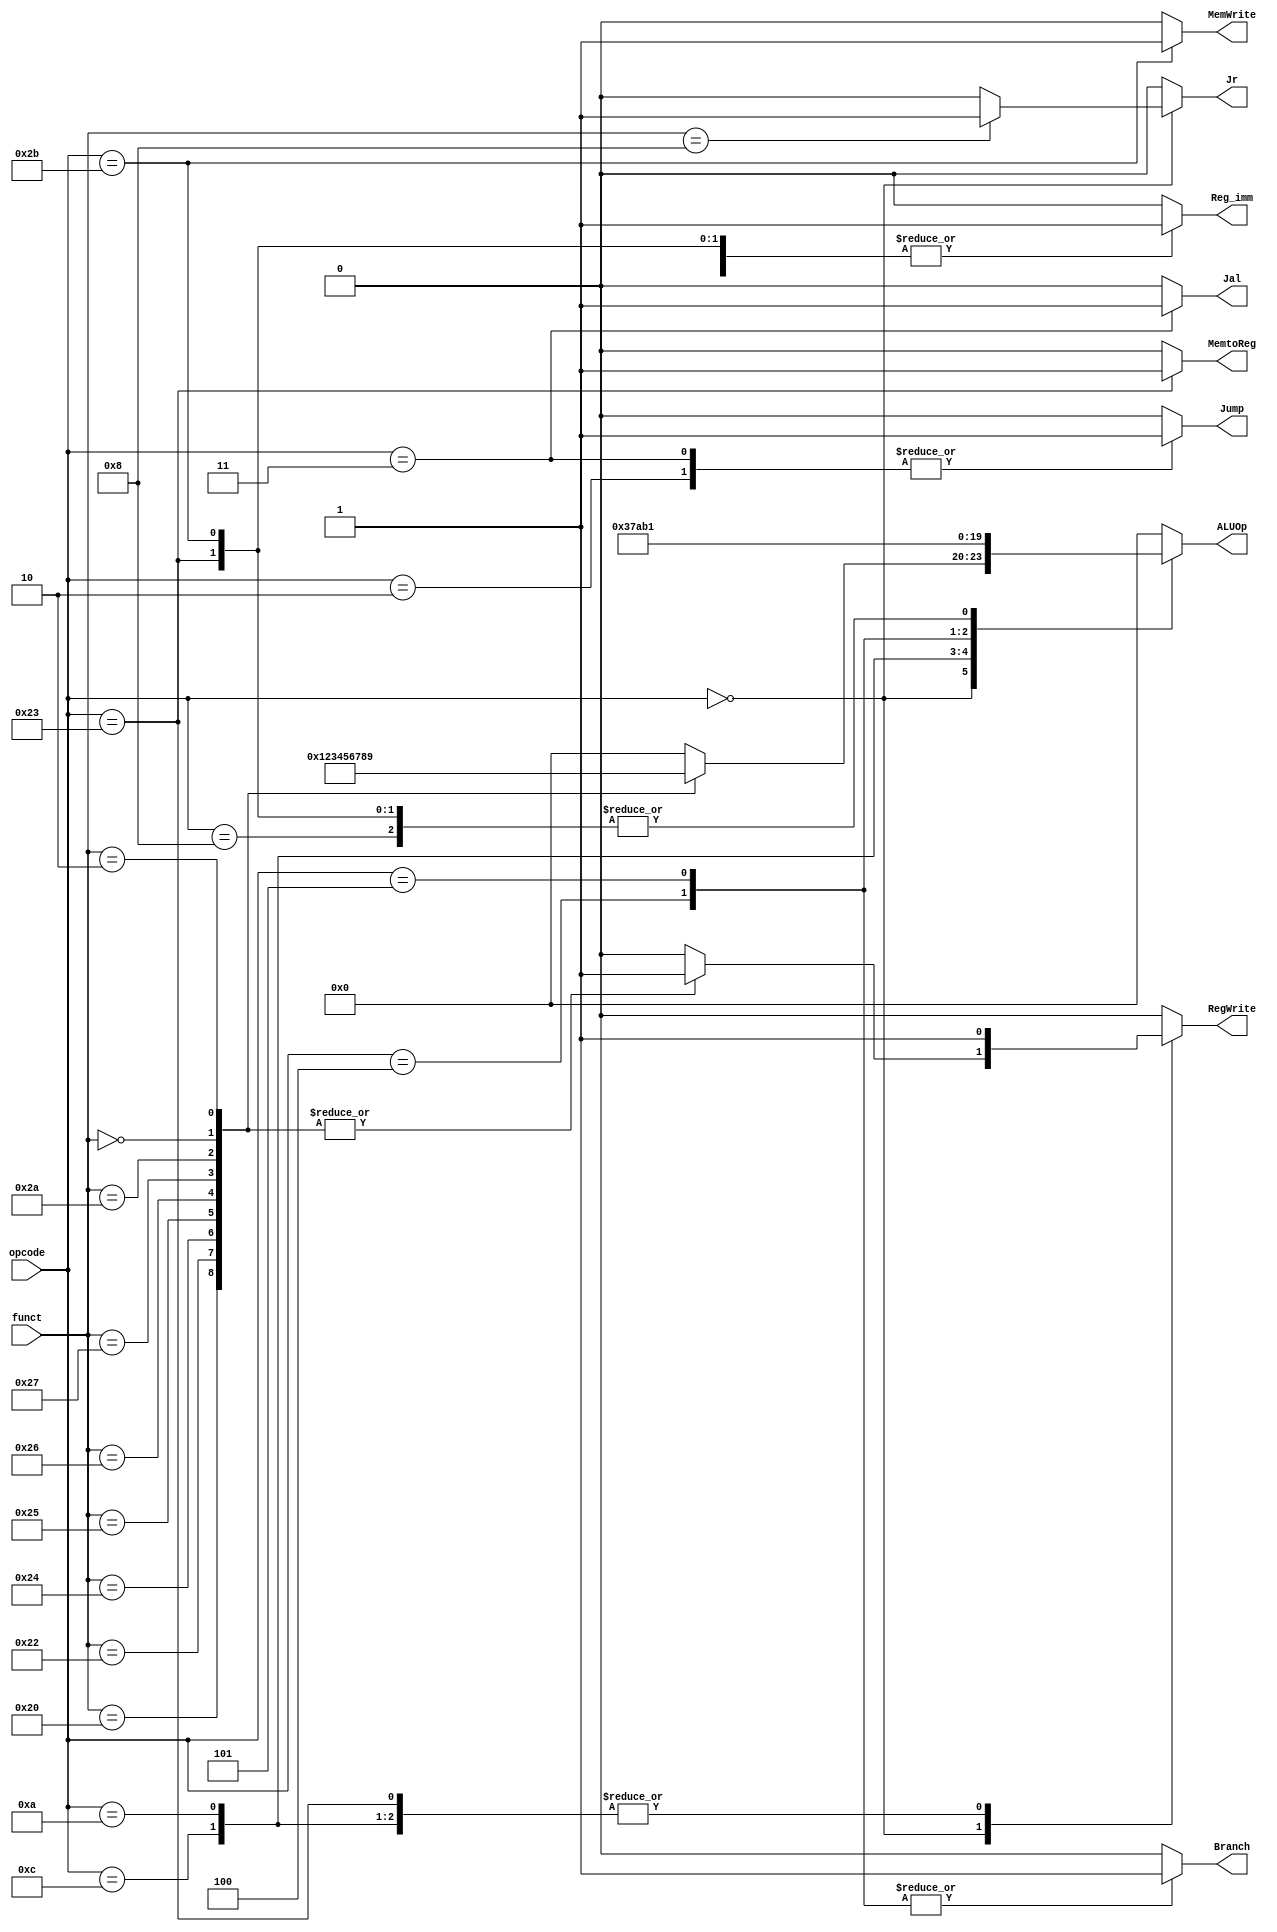

// Controller

module Controller ( opcode,
					funct,
					Reg_imm,
					Jump,
					Branch,
					Jal,
					Jr,
					MemtoReg,
					ALUOp,
					RegWrite,
					MemWrite
					);

	input  [5:0] opcode;
    	input  [5:0] funct;

	output Reg_imm;
	output Jump;
	output Branch;
	output Jal;
	output Jr;
	output MemtoReg;
	output [3:0] ALUOp;
	output RegWrite;
	output MemWrite;
	
	reg Reg_imm;
	reg Jump;
	reg Branch;
	reg Jal;
	reg Jr;
	reg MemtoReg;
	reg [3:0] ALUOp;
	reg RegWrite;
	reg MemWrite;
	
	// Reg_imm;
	parameter Reg_data = 0,
			  imm_data = 1;
	
	// ALU
	parameter op_nop = 0,
	          op_add = 1,
	          op_sub = 2,
	          op_and = 3,
	          op_or  = 4,
	          op_xor = 5,
	          op_nor = 6,
	          op_slt = 7,
	          op_sll = 8,
	          op_srl = 9,
	          op_beq = 10,
	          op_bne = 11;
			  
	// controller
	always@ (*) begin
		Reg_imm	 = Reg_data;
		Jump	 = 0;
		Branch	 = 0;
		Jal		 = 0;
		Jr		 = 0;
		MemtoReg = 0;
		ALUOp	 = 0;
		RegWrite = 0;
		MemWrite = 0;		
		case (opcode)
		6'b00_0000 : begin // R type
			case (funct)
			6'b10_0000 : begin //ADD
				ALUOp	 = 1;
				RegWrite = 1 ;
			end
			6'b10_0010 : begin //SUB
				ALUOp	 = 2;
				RegWrite = 1 ;
			end
			6'b10_0100 : begin //AND
				ALUOp	 = 3;
				RegWrite = 1 ;
			end
			6'b10_0101 : begin //OR
				ALUOp	 = 4;
				RegWrite = 1 ;
			end
			6'b10_0110 : begin  //Xor
				ALUOp	 = 5;
				RegWrite = 1 ;
			end
			6'b10_0111 : begin //NOR
				ALUOp	 = 6;
				RegWrite = 1 ;
			end
			6'b10_1010 : begin //SLT
				Branch	 = 0;
				ALUOp	 = 7;
				RegWrite = 1;
			end
			6'b00_0000 : begin //SLL
				ALUOp	 = 8;
				RegWrite = 1 ;
			end
			6'b00_0010 : begin //srl
				ALUOp	 = 9;
				RegWrite = 1;
			end
			6'b00_1000 : begin 
				Jr	 =1;
			end		
			endcase // funct
		end
		// I type
		6'b00_1000 : begin // addi
			Reg_imm	 = imm_data;
			ALUOp	 = 1;
			RegWrite = 1;
		end
		6'b00_1100 : begin // andi
			Reg_imm	 = imm_data;
		  	ALUOp	 = 3;
		  	RegWrite = 1;
		end
		6'b00_1010 : begin // slti
			Reg_imm	 = imm_data;
		  	ALUOp	 = 7;
		  	RegWrite = 1;
		end
		6'b00_0100 : begin // beq
			  Branch = 1;
			  ALUOp	 = 10;
		end
		6'b00_0101 : begin // bne
			  Branch = 1;
   		   	  ALUOp	 = 11; 
		end
		6'b10_0011 : begin // lw
			Reg_imm	 = imm_data;
			MemtoReg = 1;
			ALUOp	 = 1;
		  	RegWrite = 1;
		end
		6'b10_1011 : begin // sw
			Reg_imm	 = imm_data;
		  	ALUOp	 =1;
			MemWrite = 1;
		end
		// J Type
		6'b00_0010 : begin
          		Jump = 1; 
	    end	
		6'b00_0011 : begin //JAL
			Jump = 1; 
			Jal  = 1;
			RegWrite = 1;		
		end
		endcase // opcode
	end
	
endmodule